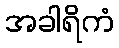
အခါရိကံ